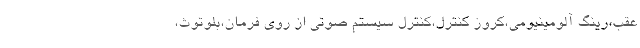
عقب،رینگ آلومینیومی،کروز کنترل،کنترل سیستم صوتی از روی فرمان،بلوتوث،